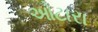
ઓટારા